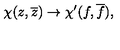
{ \chi } ( z , \overline { { z } } ) \rightarrow { \chi } ^ { \prime } ( f , \overline { { f } } ) , \quad